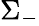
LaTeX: \Sigma_{-}